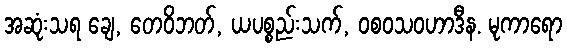
အဆုံးသရ ချေ, တေဝိဘတ်, ယပစ္စည်းသက်, ဝစဝသဝဟာဒီန. မုကာရော